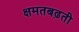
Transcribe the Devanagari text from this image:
क्षमतबढ़ती